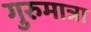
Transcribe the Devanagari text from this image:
गुरुमात्रा